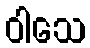
ဝါသေ